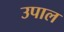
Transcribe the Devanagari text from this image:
उपाल